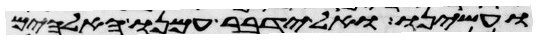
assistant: ועשינו ואל ידבר עמנו האלהים